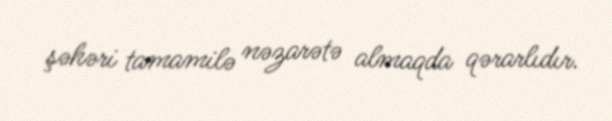
şəhəri tamamilə nəzarətə almaqda qərarlıdır.